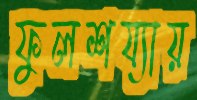
ফুলশয্যায়